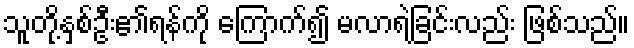
သူတို့နှစ်ဦး၏ရန်ကို ကြောက်၍ မလာရဲခြင်းလည်း ဖြစ်သည်။